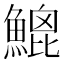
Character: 𩹻